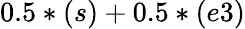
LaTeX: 0.5*(s)+0.5*(e3)